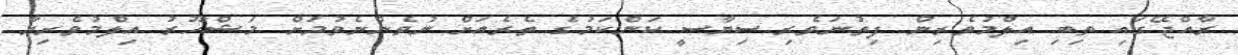
ރާއްޖޭގައި ތިބި އިލްމުވެރިން ފިތުނަވެރި ސިޔާސީ ކަންކަމުގެ ތެރެއަށް ނުވެންނެވުމަށް މަޝްހޫރު އިލްމުވެރިޔާ